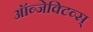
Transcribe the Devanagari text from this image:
ऑब्जेक्टिव्स्